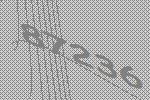
87236